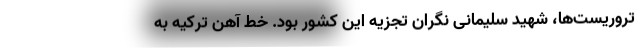
تروریست‌ها، شهید سلیمانی نگران تجزیه این کشور بود. خط آهن ترکیه به